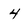
Character: 4